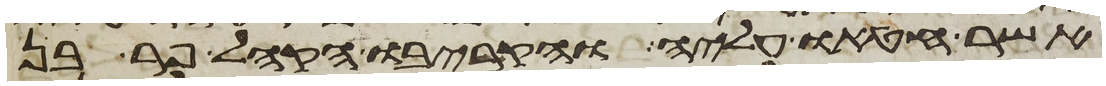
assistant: אשר חטאו עליה והקריבו הקהל פר בן